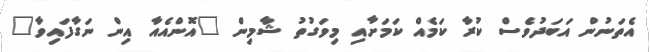
އެތަނުން އަބަދުވެސް ކުރާ ކަމެއް ކަމަށާއި މިވަގުތު ޝާމިން "އޮންއެއާ އިން ނަގާފައިވާ"